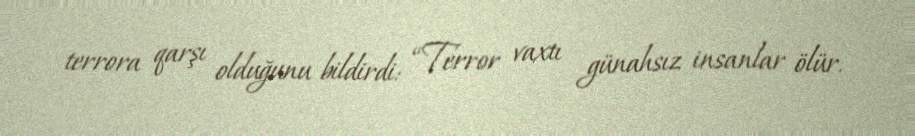
terrora qarşı olduğunu bildirdi: “Terror vaxtı günahsız insanlar ölür.